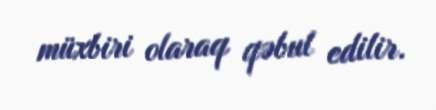
müxbiri olaraq qəbul edilir.